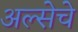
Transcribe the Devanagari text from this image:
अल्सेचे